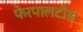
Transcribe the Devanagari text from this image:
फेरपालटीस